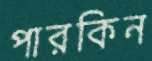
পারকিন